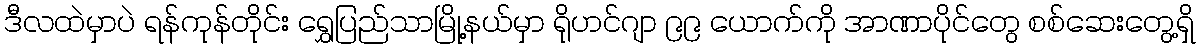
ဒီလထဲမှာပဲ ရန်ကုန်တိုင်း ရွှေပြည်သာမြို့နယ်မှာ ရိုဟင်ဂျာ ၉၉ ယောက်ကို အာဏာပိုင်တွေ စစ်ဆေးတွေ့ရှိ